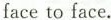
faceto face.